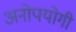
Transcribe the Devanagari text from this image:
अनोपयोगी